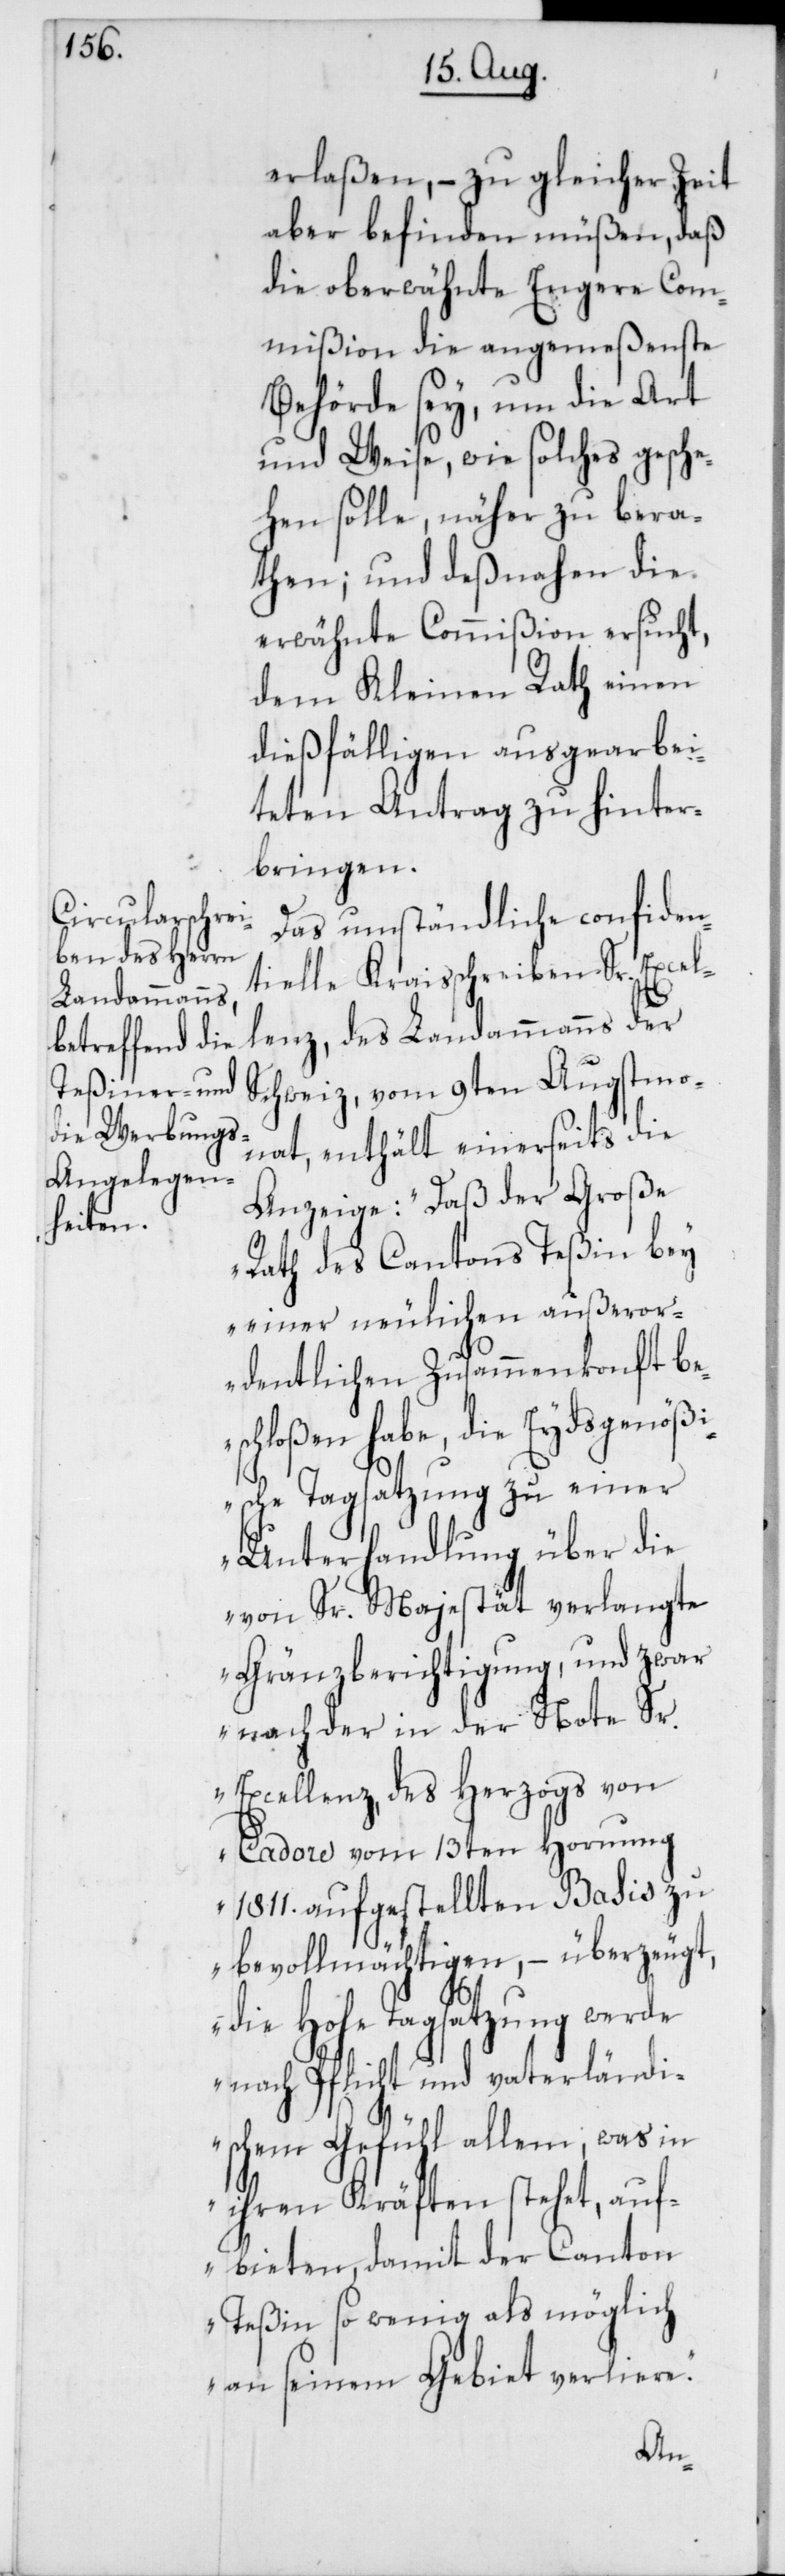
erlaßen, – zu gleicher Zeit
aber befinden müßen, daß
die oberwähnte Engere Com¬
mißion die angemeßenste
Behörde sey, um die Art
und Weise, wie solches gesche¬
hen solle, näher zu bera¬
then; und deßnahen die
erwähnte Commißion ersucht,
dem Kleinen Rath einen
dießfälligen ausgearbei¬
teten Antrag zu hinter¬
bringen.
Das umständliche confiden¬
tielle Kraisschreiben Sr. Excel¬
lenz, des Landammanns der
Schweiz vom 9ten Augstmo¬
nat, enthält einerseits die
Anzeige: „Daß der Große
Rath des Cantons Teßin bey
einer neulichen außeror¬
dentlichen Zusammenkonft be¬
schloßen habe, die Eydsgenöß¬
ische Tagsatzung zu einer
Unterhandlung über die
von Sr. Majestät verlangte
Gränzberichtigung, und zwar
nach der in der Note Sr.
Excellenz, des Herzogs von
Cadore vom 13ten Hornung
1811. aufgestellten Basis zu
bevollmächtigen, – überzeugt,
Hohe Tagsatzung werde
nach Pflicht und vaterländi¬
schen Gefühl allem, was in
ihren Kräften stehet, auf¬
bieten, damit der Canton
Teßin so wenig als möglich
an seinem Gebiet verliere.“